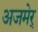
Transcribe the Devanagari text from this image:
अजमेर्